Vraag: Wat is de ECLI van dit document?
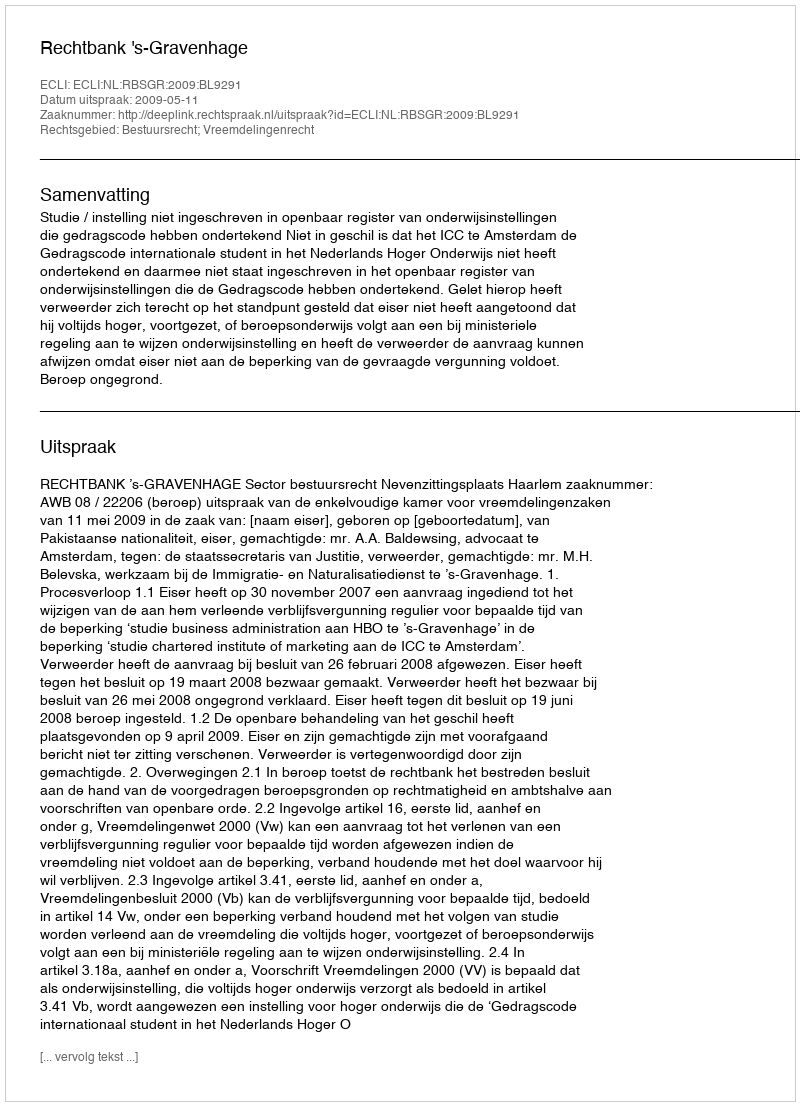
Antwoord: ECLI:NL:RBSGR:2009:BL9291